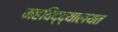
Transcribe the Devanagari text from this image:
महविद्द्यालयत